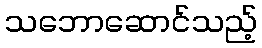
သဘောဆောင်သည့်